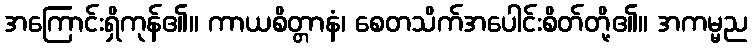
အကြောင်းရှိကုန်၏။ ကာယစိတ္တာနံ၊ စေတသိက်အပေါင်းစိတ်တို့၏။ အကမ္မည